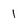
Character: I